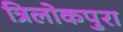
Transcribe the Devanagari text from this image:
त्रिलोकपुरा